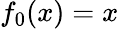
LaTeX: f_{0}(x)=x